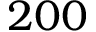
2 0 0